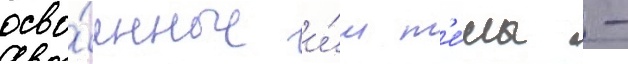
осво́енные и́м т'е́мы -